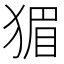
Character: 猸